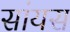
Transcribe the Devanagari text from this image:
सांयस